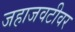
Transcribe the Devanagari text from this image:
जहाजवटीवर